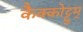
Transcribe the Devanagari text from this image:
कैक्कोट्टुम्